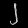
Digit: ၂